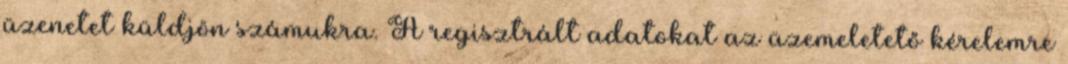
üzenetet küldjön számukra. A regisztrált adatokat az üzemeletető kérelemre